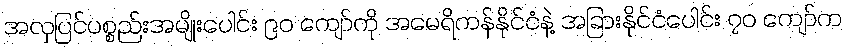
အလှပြင်ပစ္စည်းအမျိုးပေါင်း ၉၀ ကျော်ကို အမေရိကန်နိုင်ငံနဲ့ အခြားနိုင်ငံပေါင်း ၇၀ ကျော်က